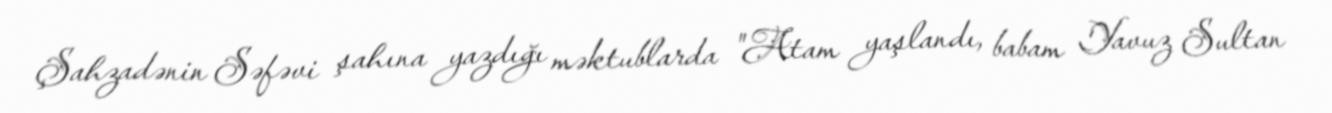
Şahzadənin Səfəvi şahına yazdığı məktublarda "Atam yaşlandı, babam Yavuz Sultan